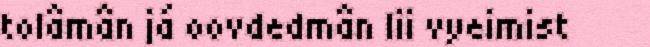
tolâmân já oovdedmân lii vyeimist